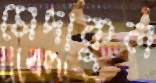
মেদাকুল